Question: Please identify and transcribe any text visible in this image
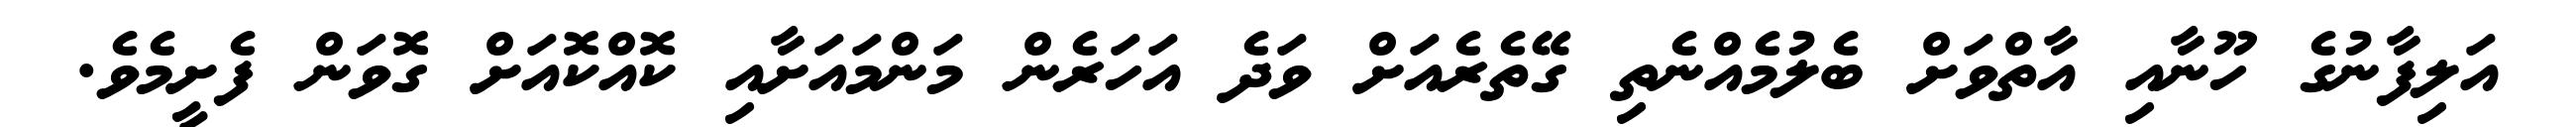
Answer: އަލިފާނުގެ ހޫނާއި އާތްވަށް ބެލުމެއްނެތި ގޭތެރެއަށް ވަދެ އަހަރެން މަންމައަށާއި ކޮއްކޮއަށް ގޮވަން ފެށީމެވެ.